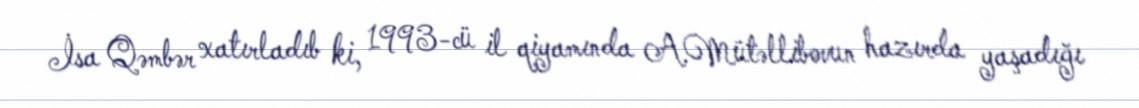
İsa Qəmbər xatırladıb ki, 1993-cü il qiyamında A.Mütəllibovun hazırda yaşadığı